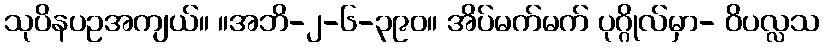
သုပိနပဥအကျယ်။ ။အဘိ-၂-၆-၃၉၀။ အိပ်မက်မက် ပုဂ္ဂိုလ်မှာ- ဝိပလ္လသ